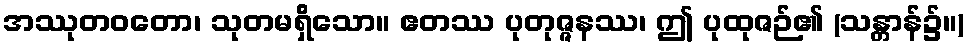
အဿုတဝတော၊ သုတမရှိသော။ ဧတဿ ပုတုဇ္ဇနဿ၊ ဤ ပုထုဇဉ်၏ (သန္တာန်၌။)